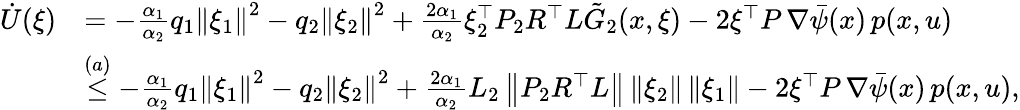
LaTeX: \begin{array}{rl}{\dot{U}(\xi)}&{=-\frac{\alpha_{1}}{\alpha_{2}}q_{1}\left\| \xi_{1}\right\| ^{2}-q_{2}\left\| \xi_{2}\right\| ^{2}+\frac{2\alpha_{1}}{\alpha_{2}}\xi_{2}^{\top}P_{2}R^{\top}L\tilde{G}_{2}(x,\xi)-2\xi^{\top}P\, \nabla\bar{\psi}(x)\, p(x,u)}\\ &{\stackrel{(a)}{\leq}-\frac{\alpha_{1}}{\alpha_{2}}q_{1}\left\| \xi_{1}\right\| ^{2}-q_{2}\left\| \xi_{2}\right\| ^{2}+\frac{2\alpha_{1}}{\alpha_{2}}L_{2}\left\| P_{2}R^{\top}L\right\| \left\| \xi_{2}\right\| \left\| \xi_{1}\right\| -2\xi^{\top}P\, \nabla\bar{\psi}(x)\, p(x,u),}\end{array}